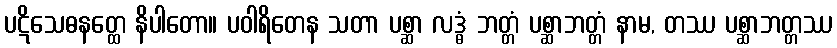
ပဋိသေဓနတ္ထေ နိပါတော။ ပဝါရိတေန သတာ ပစ္ဆာ လဒ္ဓံ ဘတ္တံ ပစ္ဆာဘတ္တံ နာမ, တဿ ပစ္ဆာဘတ္တဿ